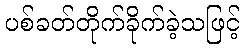
ပစ်ခတ်တိုက်ခိုက်ခဲ့သဖြင့်